Vaccine operations Central Provinces 1868-1885 - 1868-1885
Year: 1868
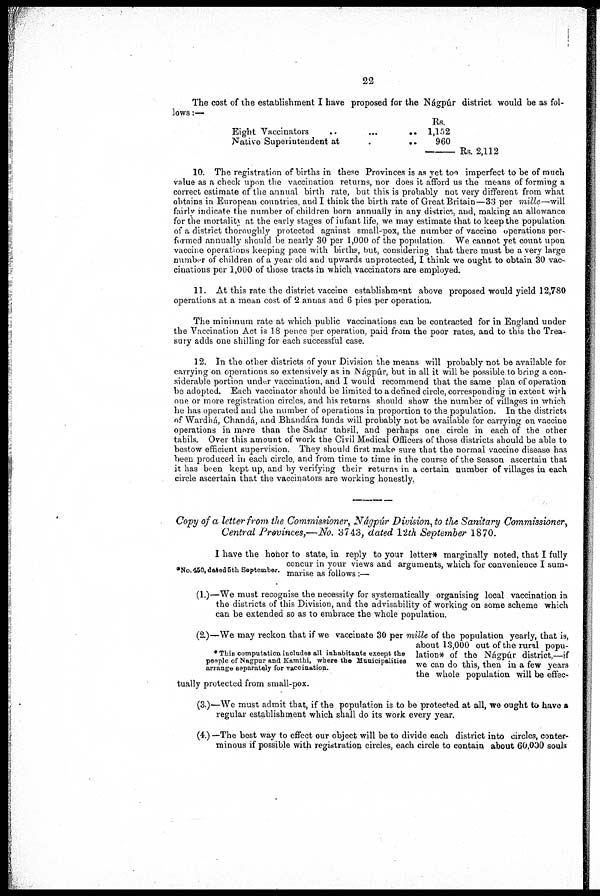
22
The cost of the establishment I have proposed for the Nágpúr district would be as fol-
lows :—
Eight Vaccinators
..
...
Native Superintendent at.. ..
Rs.
1,152
960
—Rs.2112
10. The registration of births in these Provinces is as yet too imperfect to be of much
value as a check upon the vaccination returns, nor does it afford us the means of forming a
correct estimate of the annual birth rate, but this is probably not very different from what
obtains in European countries, and I think the birth rate of Great Britain—33 per mille—will
fairly indicate the number of children born annually in any district. and, making an allowance
for the mortality at the early stages of infant life, we may estimate that to keep the population
of a district thoroughly protected against small-pox, the number of vaccine operations per-
formed annually should be nearly 30 per 1,000 of the population. We cannot yet count upon
vaccine operations keeping pace with births, but, considering that there must be a very large
number of children of a year old and upwards unprotected, I think we ought to obtain 30 vac-
cinations per 1,000 of those tracts in which vaccinators are employed.
11. At this rate the district vaccine establishment above proposed would yield 12,780
operations at a mean cost of 2 annas and 6 pies per operation.
The minimum rate at which public vaccinations can be contracted for in England under
the Vaccination Act is 18 pence per operation, paid from the poor rates, and to this the Trea-
sury adds one shilling for each successful case.
12. In the other districts of your Division the means will probably not be available for
carrying on operations so extensively as in Nágpúr, but in all it will be possible to bring a con-
siderable portion under vaccination, and I would recommend that the same plan of operation
be adopted. Each vaccinator should be limited to a defined circle, corresponding in extent with
one or more registration circles, and his returns should show the number of villages in which
he has operated and the number of operations in proportion to the population. In the districts
of Wardhá, Chandá, and Bhandára funds will probably not be available for carrying on vaccine
operations in more than the Sadar tahsil, and perhaps one circle in each of the other
tahils. Over this amount of work the Civil Medical Officers of those districts should be able to
bestow efficient supervision. They should first make sure that the normal vaccine disease has
been produced in each circle, and from time to time in the course of the season ascertain that
it has been kept up, and by verifying their returns in a certain number of villages in each
circle ascertain that the vaccinators are working honestly.
Copy of a letter from, the Commissioner, Nágpúr Division, to the Sanitary Commissioner,
Central Provinces,—No. 3743, dated 12th September 1870.
*No. 450, dated 5th September.
I have the honor to state, in reply to your letter* marginally noted, that I fully
concur in your views and arguments, which for convenience I sum-,
marise as follows:—
(1.)—We must recognise the necessity for systematically organising local vaccination in
the districts of this Division, and the advisability of working on some scheme which
can be extended so as to embrace the whole population.
* Thin computation includes all inhabitants except the
people of Nagpur and Kamthi, where the Municipalities
arrange separately for vaccination.
(2.)—We may reckon that if we vaccinate 30 per mille of the population yearly, that is,
about 13,000 out of the rural popu-
lation* of the Nágpúr district,—if
we can do this, then in a few years
the whole population will be effec-
tually protected from small-pox.
(3.)—We must admit that, if the population is to be protected at all, we ought to have a
regular establishment which shall do its work every year.
(4.) —The best way to effect our object will be to divide each district into circles, conter-
minous if possible with registration circles, each circle to contain about 60,000 souls